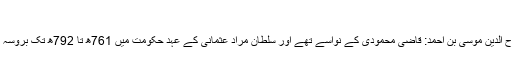
[14]
قاضی زادہ روم صلاح الدین موسیٰ بن احمد: قاضی محمودی کے نواسے تھے اور سلطان مراد عثمانی کے عہد حکومت میں 761ھ تا 792ھ تک بروسہ کے قاضہ بھی رہے۔